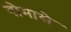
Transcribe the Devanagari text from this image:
गोमासे